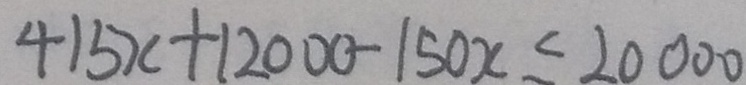
4 1 5 x + 1 2 0 0 0 - 1 5 0 x \leq 2 0 0 0 0